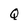
Character: Q